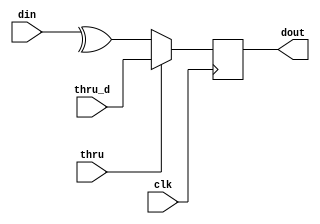
// (C) 2001-2016 Altera Corporation. All rights reserved.
// Your use of Altera Corporation's design tools, logic functions and other 
// software and tools, and its AMPP partner logic functions, and any output 
// files any of the foregoing (including device programming or simulation 
// files), and any associated documentation or information are expressly subject 
// to the terms and conditions of the Altera Program License Subscription 
// Agreement, Altera MegaCore Function License Agreement, or other applicable 
// license agreement, including, without limitation, that your use is for the 
// sole purpose of programming logic devices manufactured by Altera and sold by 
// Altera or its authorized distributors.  Please refer to the applicable 
// agreement for further details.


// $Id: $
// $Revision: $
// $Date: $
// $Author: $
//-----------------------------------------------------------------------------

// Copyright 2012 Altera Corporation. All rights reserved.  
// Altera products are protected under numerous U.S. and foreign patents, 
// maskwork rights, copyrights and other intellectual property laws.  
//
// This reference design file, and your use thereof, is subject to and governed
// by the terms and conditions of the applicable Altera Reference Design 
// License Agreement (either as signed by you or found at www.altera.com).  By
// using this reference design file, you indicate your acceptance of such terms
// and conditions between you and Altera Corporation.  In the event that you do
// not agree with such terms and conditions, you may not use the reference 
// design file and please promptly destroy any copies you have made.
//
// This reference design file is being provided on an "as-is" basis and as an 
// accommodation and therefore all warranties, representations or guarantees of 
// any kind (whether express, implied or statutory) including, without 
// limitation, warranties of merchantability, non-infringement, or fitness for
// a particular purpose, are specifically disclaimed.  By making this reference
// design file available, Altera expressly does not recommend, suggest or 
// require that this reference design file be used in combination with any 
// other product not provided by Altera.
/////////////////////////////////////////////////////////////////////////////

`timescale 1 ps / 1 ps
// baeckler - 08-14-2012
// registered XOR together bits with a MUX in front

module xor_r_t #(
	parameter TARGET_CHIP = 2,
	parameter WIDTH = 4
)(
	input clk,
	input thru, // force dout to thru_d
	input thru_d,
	input [WIDTH-1:0] din,
	output dout
);

genvar i;
generate
	if (WIDTH <= 4) begin
		reg dout_r = 1'b0;
		always @(posedge clk) dout_r <= thru ? thru_d : ^din;
		assign dout = dout_r;
	end
	else begin
		// synthesis translate_off
		initial begin
			$display ("Error : xor_r_t needs to be expanded for width %d",WIDTH);
			$stop();
		end
		// synthesis translate_on		
	end
endgenerate

endmodule

// BENCHMARK INFO :  5SGXEA7N2F45C2
// BENCHMARK INFO :  Max depth :  1.0 LUTs
// BENCHMARK INFO :  Total registers : 1
// BENCHMARK INFO :  Total pins : 8
// BENCHMARK INFO :  Total virtual pins : 0
// BENCHMARK INFO :  Total block memory bits : 0
// BENCHMARK INFO :  Comb ALUTs :                         ; 2               ;       ;
// BENCHMARK INFO :  ALMs : 2 / 234,720 ( < 1 % )
// BENCHMARK INFO :  Worst setup path @ 468.75MHz : 0.992 ns, From (primary), To dout_r}
// BENCHMARK INFO :  Worst setup path @ 468.75MHz : 1.747 ns, From (primary), To dout_r}
// BENCHMARK INFO :  Worst setup path @ 468.75MHz : 1.728 ns, From (primary), To dout_r}